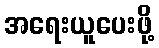
အရေးယူပေးဖို့